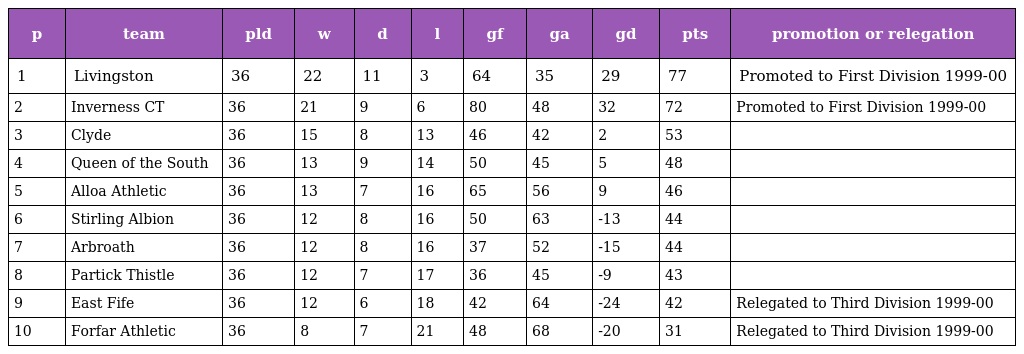
| p | team | pld | w | d | l | gf | ga | gd | pts | promotion or relegation |
 | --- | --- | --- | --- | --- | --- | --- | --- | --- | --- | --- |
 | 1 | Livingston | 36 | 22 | 11 | 3 | 64 | 35 | 29 | 77 | Promoted to First Division 1999-00 |
 | 2 | Inverness CT | 36 | 21 | 9 | 6 | 80 | 48 | 32 | 72 | Promoted to First Division 1999-00 |
 | 3 | Clyde | 36 | 15 | 8 | 13 | 46 | 42 | 2 | 53 |  |
 | 4 | Queen of the South | 36 | 13 | 9 | 14 | 50 | 45 | 5 | 48 |  |
 | 5 | Alloa Athletic | 36 | 13 | 7 | 16 | 65 | 56 | 9 | 46 |  |
 | 6 | Stirling Albion | 36 | 12 | 8 | 16 | 50 | 63 | -13 | 44 |  |
 | 7 | Arbroath | 36 | 12 | 8 | 16 | 37 | 52 | -15 | 44 |  |
 | 8 | Partick Thistle | 36 | 12 | 7 | 17 | 36 | 45 | -9 | 43 |  |
 | 9 | East Fife | 36 | 12 | 6 | 18 | 42 | 64 | -24 | 42 | Relegated to Third Division 1999-00 |
 | 10 | Forfar Athletic | 36 | 8 | 7 | 21 | 48 | 68 | -20 | 31 | Relegated to Third Division 1999-00 |